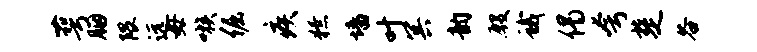
萼胭隈远毋嗾倔疾獠墙叶冥韵殷蛾偈夸楚谷